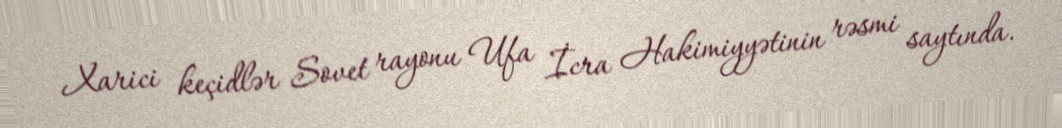
Xarici keçidlər Sovet rayonu Ufa İcra Hakimiyyətinin rəsmi saytında.